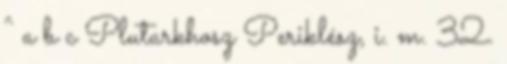
^ a b c Plutarkhosz Periklész, i. m. 32.